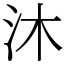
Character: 沐